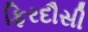
ફિરદૌસી